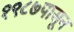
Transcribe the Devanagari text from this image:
१९८७पासून